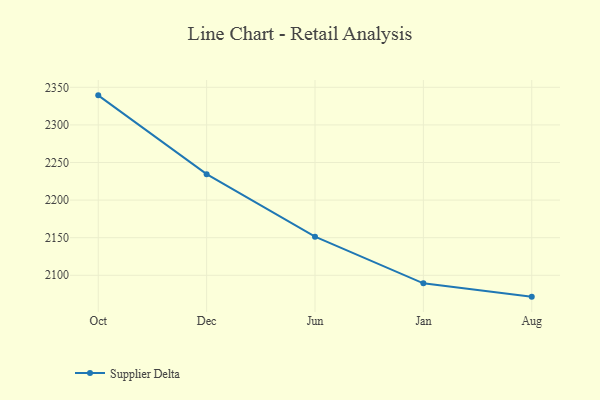
{"axis": {"x": "Month", "y": "Tickets Resolved"}, "legend": ["Supplier Delta"], "data": [{"x": "Oct", "y": 2339.3, "type": "Supplier Delta"}, {"x": "Dec", "y": 2234.5, "type": "Supplier Delta"}, {"x": "Jun", "y": 2151.4, "type": "Supplier Delta"}, {"x": "Jan", "y": 2089.3, "type": "Supplier Delta"}, {"x": "Aug", "y": 2071.6, "type": "Supplier Delta"}]}